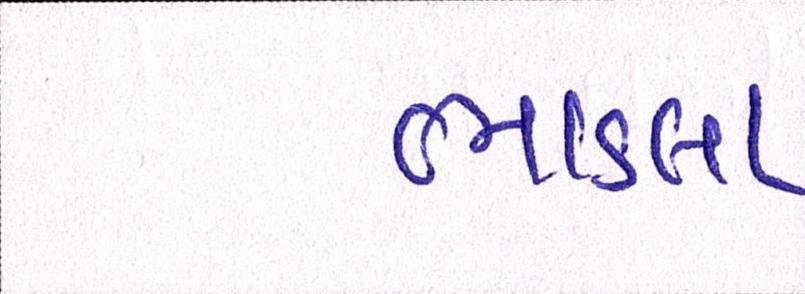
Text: ભાડલા